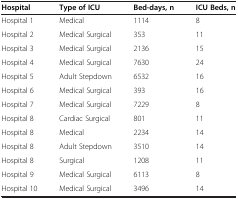
<table><thead><tr><td><b>Hospital</b></td><td><b>Type of ICU</b></td><td><b>Bed-days, n</b></td><td><b>ICU Beds, n</b></td></tr></thead><tbody><tr><td>Hospital 1</td><td>Medical</td><td>1114</td><td>8</td></tr><tr><td>Hospital 2</td><td>Medical Surgical</td><td>353</td><td>11</td></tr><tr><td>Hospital 3</td><td>Medical Surgical</td><td>2136</td><td>15</td></tr><tr><td>Hospital 4</td><td>Medical Surgical</td><td>7630</td><td>24</td></tr><tr><td>Hospital 5</td><td>Adult Stepdown</td><td>6532</td><td>16</td></tr><tr><td>Hospital 6</td><td>Medical Surgical</td><td>393</td><td>16</td></tr><tr><td>Hospital 7</td><td>Medical Surgical</td><td>7229</td><td>8</td></tr><tr><td>Hospital 8</td><td>Cardiac Surgical</td><td>801</td><td>11</td></tr><tr><td>Hospital 8</td><td>Medical</td><td>2234</td><td>14</td></tr><tr><td>Hospital 8</td><td>Adult Stepdown</td><td>3510</td><td>14</td></tr><tr><td>Hospital 8</td><td>Surgical</td><td>1208</td><td>11</td></tr><tr><td>Hospital 9</td><td>Medical Surgical</td><td>6113</td><td>8</td></tr><tr><td>Hospital 10</td><td>Medical Surgical</td><td>3496</td><td>14</td></tr></tbody></table>